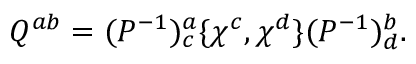
Q ^ { a b } = ( P ^ { - 1 } ) _ { c } ^ { a } \{ \chi ^ { c } , \chi ^ { d } \} ( P ^ { - 1 } ) _ { d } ^ { b } .